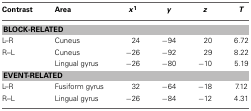
<table><thead><tr><td><b>Contrast</b></td><td><b>Area</b></td><td><b><i>x</i><sup>1</sup></b></td><td><b><i>y</i></b></td><td><b><i>z</i></b></td><td><b><i>T</i></b></td></tr></thead><tbody><tr><td colspan="6"><b>BLOCK-RELATED</b></td></tr><tr><td>L–R</td><td>Cuneus</td><td>24</td><td>−94</td><td>20</td><td>6.72</td></tr><tr><td>R–L</td><td>Cuneus</td><td>−26</td><td>−92</td><td>29</td><td>8.22</td></tr><tr><td></td><td>Lingual gyrus</td><td>−26</td><td>−80</td><td>−10</td><td>5.19</td></tr><tr><td colspan="6"><b>EVENT-RELATED</b></td></tr><tr><td>L–R</td><td>Fusiform gyrus</td><td>32</td><td>−64</td><td>−18</td><td>7.12</td></tr><tr><td>R–L</td><td>Lingual gyrus</td><td>−26</td><td>−84</td><td>−12</td><td>4.31</td></tr></tbody></table>